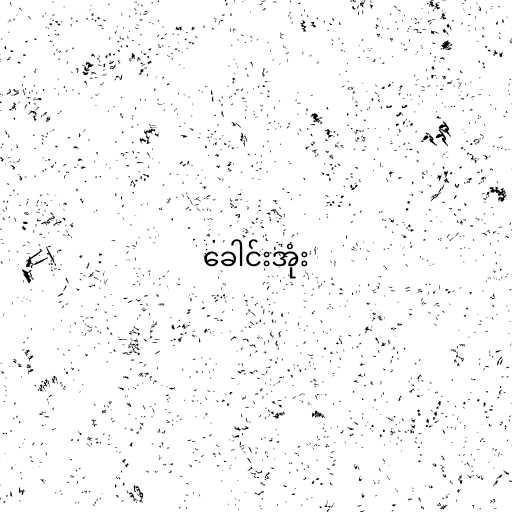
ခေါင်းအုံး